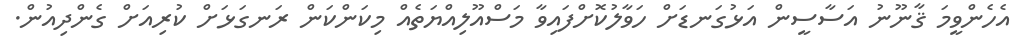
އެހެންވީމަ ޤާނޫނު އަސާސީން އަޅުގަނޑަށް ހަވާލުކޮށްފައިވާ މަސްއޫލިއްޔަތެއް މިކަންކަން ރަނގަޅަށް ކުރިއަށް ގެންދިއުން.